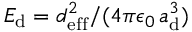
E _ { \mathrm { d } } = d _ { \mathrm { e f f } } ^ { 2 } / ( 4 \pi \epsilon _ { 0 } \, a _ { \mathrm { d } } ^ { 3 } )